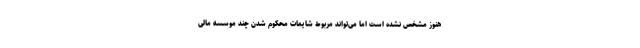
هنوز مشخص نشده است اما می‌تواند مربوط شایعات محکوم شدن چند موسسه مالی